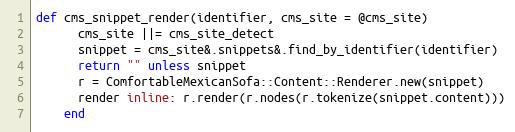
Language: Ruby
def cms_snippet_render(identifier, cms_site = @cms_site)
      cms_site ||= cms_site_detect
      snippet = cms_site&.snippets&.find_by_identifier(identifier)
      return "" unless snippet
      r = ComfortableMexicanSofa::Content::Renderer.new(snippet)
      render inline: r.render(r.nodes(r.tokenize(snippet.content)))
    end